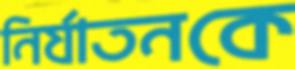
নির্যাতনকে